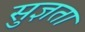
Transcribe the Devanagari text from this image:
सुज्ञता